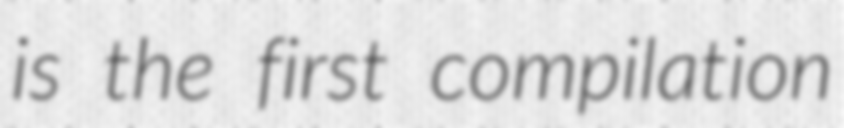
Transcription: is the first compilation